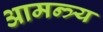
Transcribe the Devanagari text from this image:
आमन्त्र्य